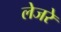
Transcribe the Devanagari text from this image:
लेजरे